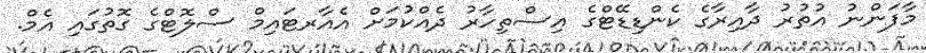
މާފަންނު އުތުރު ދާއިރާގެ ކެންޑިޑޭޓްގެ އިސްތިހާރު ދެއްކުމަށް އެއާރޓައިމް ސްލޮޓްގެ ގޮތުގައި އެމް.